Document type: payment_order
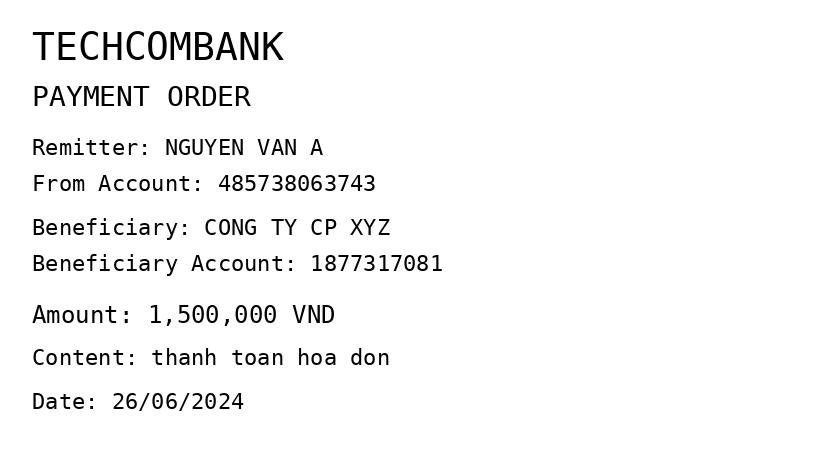
OCR transcript:
TECHCOMBANK
PAYMENT ORDER
Remitter: NGUYEN VAN A
From Account: 485738063743
Beneficiary: CONG TY CP XYZ
Beneficiary Account: 1877317081
Amount: 1,500,000 VND
Content: thanh toan hoa don
Date: 26/06/2024
Extracted fields:
bank_name: techcombank
sender_name: nguyen van a
sender_account: 485738063743
beneficiary_name: cong ty cp xyz
beneficiary_account: 1877317081
amount: 1500000
content: thanh toan hoa don
date: 2024-06-26